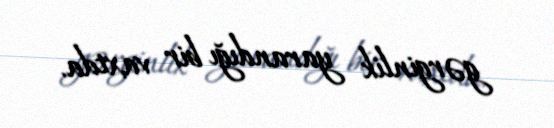
gərginlik yarandığı bir vaxtda.